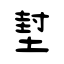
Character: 堼